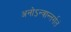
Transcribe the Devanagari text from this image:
अनोऽन्त्रान्तर्गतं